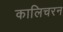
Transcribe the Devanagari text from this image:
कालिचरन